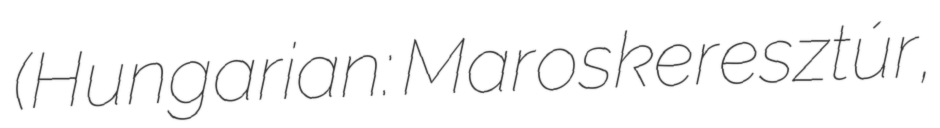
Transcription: (Hungarian: Maroskeresztúr,